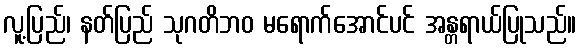
လူ့ပြည်၊ နတ်ပြည် သုဂတိဘဝ မရောက်အောင်ပင် အန္တရာယ်ပြုသည်။